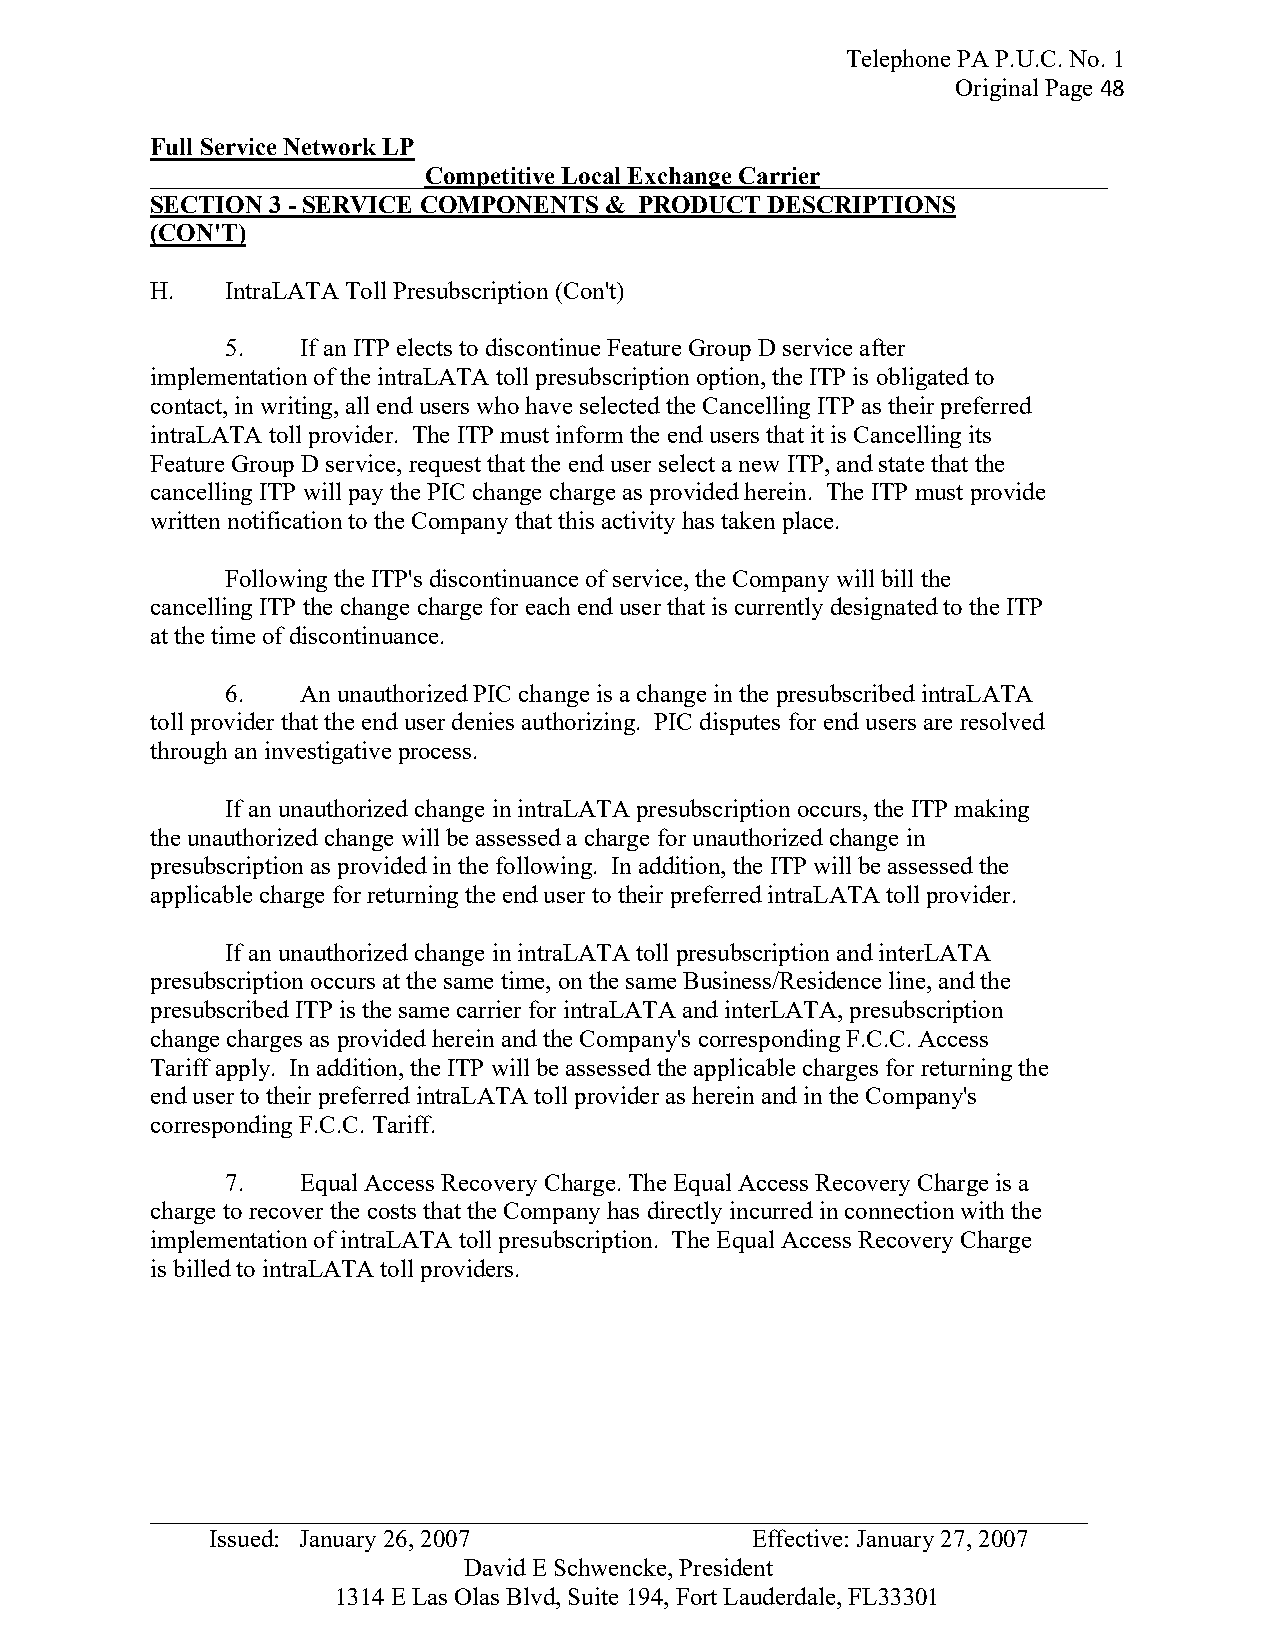
Telephone PA P.U.C. No. 1
 Original Page 48
 Full Service Network LP
 ______________________Competitive Local Exchange Carrier_______________________
 SECTION 3 - SERVICE COMPONENTS & PRODUCT DESCRIPTIONS
 (CON'T)
 H.   IntraLATA Toll Presubscription (Con't)
 5.   If an ITP elects to discontinue Feature Group D service after
 implementation of the intraLATA toll presubscription option, the ITP is obligated to
 contact, in writing, all end users who have selected the Cancelling ITP as their preferred
 intraLATA toll provider. The ITP must inform the end users that it is Cancelling its
 Feature Group D service, request that the end user select a new ITP, and state that the
 cancelling ITP will pay the PIC change charge as provided herein. The ITP must provide
 written notification to the Company that this activity has taken place.
 Following the ITP's discontinuance of service, the Company will bill the
 cancelling ITP the change charge for each end user that is currently designated to the ITP
 at the time of discontinuance.
 6.   An unauthorized PIC change is a change in the presubscribed intraLATA
 toll provider that the end user denies authorizing. PIC disputes for end users are resolved
 through an investigative process.
 If an unauthorized change in intraLATA presubscription occurs, the ITP making
 the unauthorized change will be assessed a charge for unauthorized change in
 presubscription as provided in the following. In addition, the ITP will be assessed the
 applicable charge for returning the end user to their preferred intraLATA toll provider.
 If an unauthorized change in intraLATA toll presubscription and interLATA
 presubscription occurs at the same time, on the same Business/Residence line, and the
 presubscribed ITP is the same carrier for intraLATA and interLATA, presubscription
 change charges as provided herein and the Company's corresponding F.C.C. Access
 Tariff apply. In addition, the ITP will be assessed the applicable charges for returning the
 end user to their preferred intraLATA toll provider as herein and in the Company's
 corresponding F.C.C. Tariff.
 7.   Equal Access Recovery Charge. The Equal Access Recovery Charge is a
 charge to recover the costs that the Company has directly incurred in connection with the
 implementation of intraLATA toll presubscription. The Equal Access Recovery Charge
 is billed to intraLATA toll providers.
 _ __________________________________________________________________________
 Issued: January 26, 2007            Effective: January 27, 2007
 David E Schwencke, President
 1314 E Las Olas Blvd, Suite 194, Fort Lauderdale, FL33301